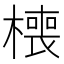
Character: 𰘧